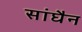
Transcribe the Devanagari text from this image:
सांघैन